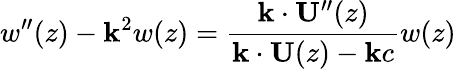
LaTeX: w^{\prime\prime}(z)-\mathbf{k}^{2}w(z)=\frac{{\mathbf{{\mathbf{k}}}\cdot\mathbf{{U}}^{\prime\prime}(z)}}{{\mathbf{{\mathbf{k}}}\cdot\mathbf{{U}}(z)-\mathbf{k}c}}w(z)